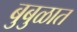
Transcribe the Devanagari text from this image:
बुबुळात